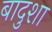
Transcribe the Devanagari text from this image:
बादुशा